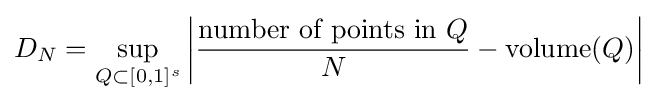
D_{N}=\sup _{Q\subset [0,1]^{s}}\left|{\frac {{\text{number of points in }}Q}{N}}-\operatorname {volume} (Q)\right|